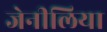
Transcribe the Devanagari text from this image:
जेनीलिया